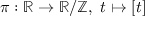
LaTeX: \pi : \mathbb { R } \to \mathbb { R } / \mathbb { Z } , \ t \mapsto [ t ]